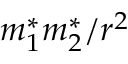
m _ { 1 } ^ { * } m _ { 2 } ^ { * } / r ^ { 2 }